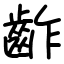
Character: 齚